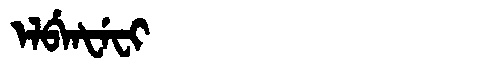
Manchu: ᡝᠯᠪᡝᠨᡶᡝᠸᡳ
Romanization: ELBENFEFI